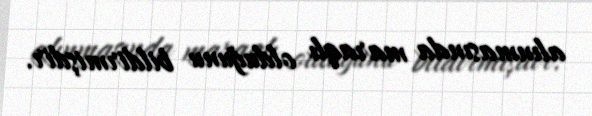
alınmasında maraqlı olduğunu bildirmişdir.